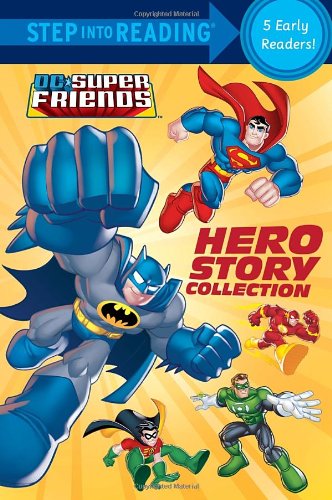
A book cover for Hero Story Collection (DC Super Friends) (Step into Reading); Various; Children's Books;